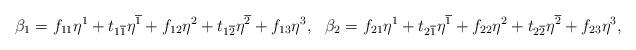
LaTeX: \begin{align*} &\beta_1=f_{11}\eta^1+t_{1\overline{1}}\eta^{\overline{1}}+f_{12}\eta^2+t_{1\overline{2}}\eta^{\overline{2}}+f_{13}\eta^3, &\beta_2=f_{21}\eta^1+t_{2\overline{1}}\eta^{\overline{1}}+f_{22}\eta^2+t_{2\overline{2}}\eta^{\overline{2}}+f_{23}\eta^3,\end{align*}